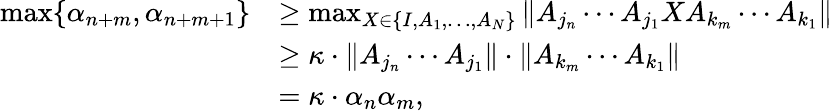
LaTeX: \begin{array}{rl}{\operatorname*{max}\{ \alpha_{n+m},\alpha_{n+m+1}\} }&{\geq\operatorname*{max}_{X\in\{ I,A_{1},\ldots,A_{N}\} }\| A_{j_{n}}\cdots A_{j_{1}}XA_{k_{m}}\cdots A_{k_{1}}\| }\\ &{\geq\kappa\cdot\| A_{j_{n}}\cdots A_{j_{1}}\| \cdot\| A_{k_{m}}\cdots A_{k_{1}}\| }\\ &{=\kappa\cdot\alpha_{n}\alpha_{m},}\end{array}